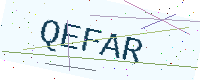
Text: QEFAR